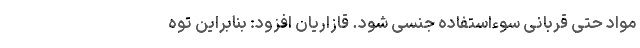
مواد حتی قربانی سوءاستفاده جنسی شود. قازاریان افزود: بنابراین توه